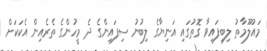
މައުލޫމާތު ލިބިފައިވާ ގޮތުގައި އަނިޔާގެ ލިބުނު ސިފައިންގެ ދެ މީހުންގެ ތެރެއިން އެކަކަށް